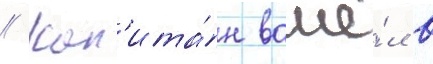
// Кап'ита́н вошё́л в